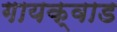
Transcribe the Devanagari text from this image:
गायक्वाड